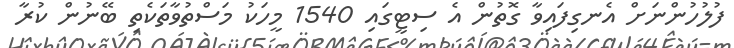
ފުލުހުންނަށް އެނގިފައިވާ ގޮތުން އެ ސިޓީގައި 1540 މީހަކު މަސްތުވާތަކެތި ބޭނުން ކުރާ